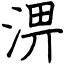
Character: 淠